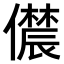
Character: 𫣳